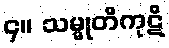
၄။ သမ္မုတိကုဋိ